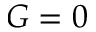
G = 0